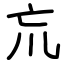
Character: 巟